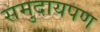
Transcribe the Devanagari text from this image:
समुदायपण